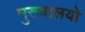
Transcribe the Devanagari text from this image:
मुख्यालयो